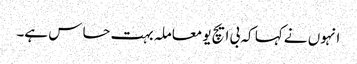
انہوں نے کہا کہ بی ایچ یو معاملہ بہت حساس ہے۔